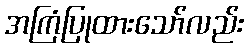
အကြံပြုထားသော်လည်း